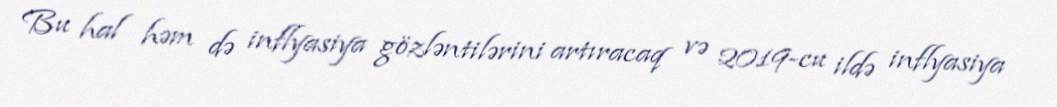
Bu hal həm də inflyasiya gözləntilərini artıracaq və 2019-cu ildə inflyasiya